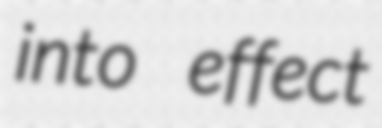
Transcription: into effect